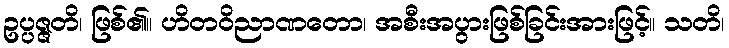
ဥပ္ပဇ္ဇတိ၊ ဖြစ်၏။ ဟိတဝိညာဏတော၊ အစီးအပွားဖြစ်ခြင်းအားဖြင့်။ သတိ၊